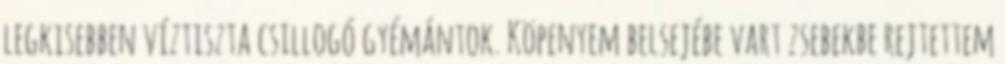
legkisebben víztiszta csillogó gyémántok. Köpenyem belsejébe vart zsebekbe rejtettem